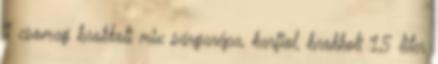
1 csomag brokkoli mix sárgarépa, karfiol, brokkoli 1,5 liter